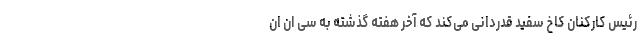
رئیس کارکنان کاخ سفید قدردانی می‌کند که آخر هفته گذشته به سی ان ان